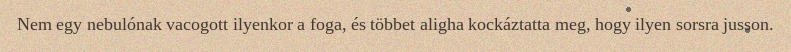
Nem egy nebulónak vacogott ilyenkor a foga, és többet aligha kockáztatta meg, hogy ilyen sorsra jusson.